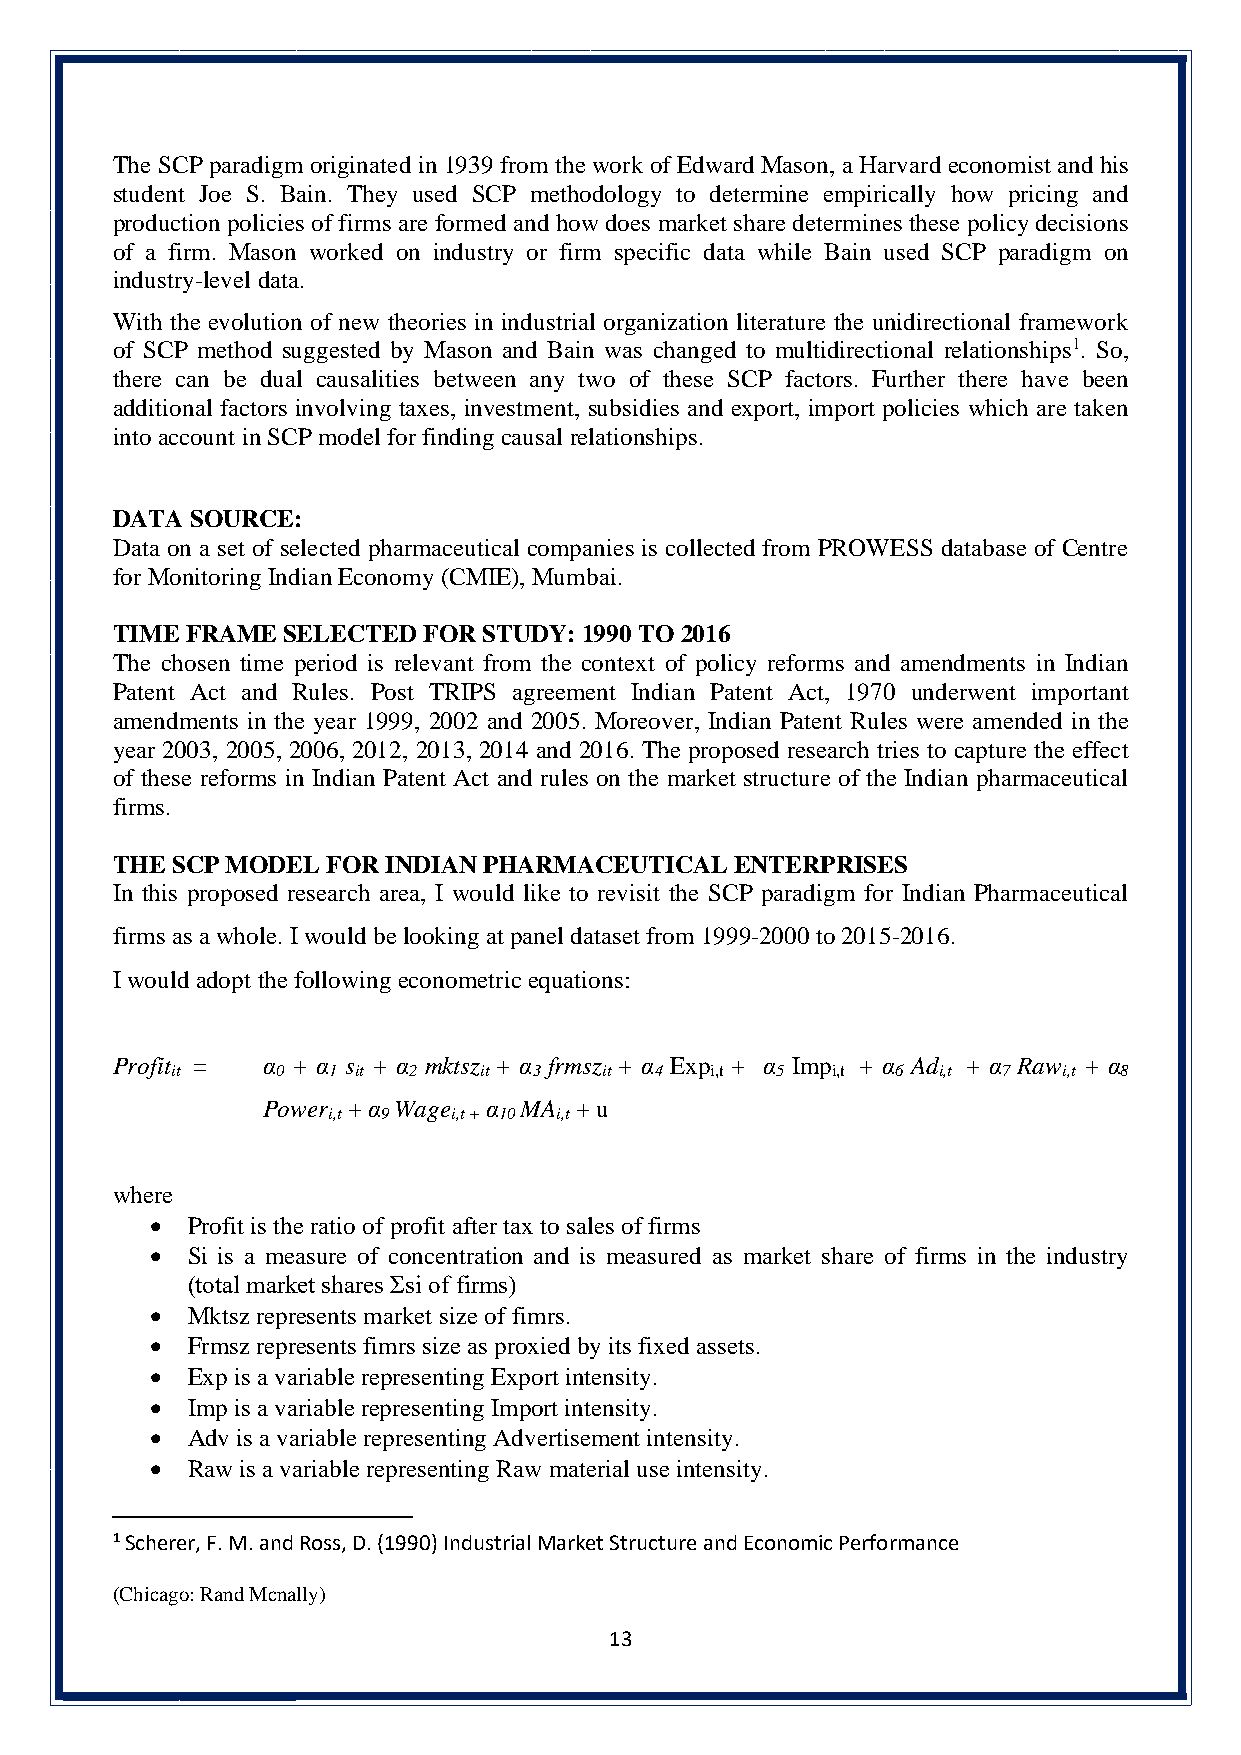
The SCP paradigm originated in 1939 from the work of Edward Mason, a Harvard economist and his
 student Joe S. Bain. They used SCP methodology to determine empirically how pricing and
 production policies of firms are formed and how does market share determines these policy decisions
 of a firm. Mason worked on industry or firm specific data while Bain used SCP paradigm on
 industry-level data.
 With the evolution of new theories in industrial organization literature the unidirectional framework
 of SCP method suggested by Mason and Bain was changed to multidirectional relationships1. So,
 there can be dual causalities between any two of these SCP factors. Further there have been
 additional factors involving taxes, investment, subsidies and export, import policies which are taken
 into account in SCP model for finding causal relationships.
 DATA  SOURCE:
 Data on a set of selected pharmaceutical companies is collected from PROWESS database of Centre
 for Monitoring Indian Economy (CMIE), Mumbai.
 TIME FRAME  SELECTED FOR STUDY: 1990 TO 2016
 The chosen time period is relevant from the context of policy reforms and amendments in Indian
 Patent Act and Rules. Post TRIPS agreement Indian Patent Act, 1970 underwent important
 amendments in the year 1999, 2002 and 2005. Moreover, Indian Patent Rules were amended in the
 year 2003, 2005, 2006, 2012, 2013, 2014 and 2016. The proposed research tries to capture the effect
 of these reforms in Indian Patent Act and rules on the market structure of the Indian pharmaceutical
 firms.
 THE SCP MODEL  FOR INDIAN PHARMACEUTICAL  ENTERPRISES
 In this proposed research area, I would like to revisit the SCP paradigm for Indian Pharmaceutical
 firms as a whole. I would be looking at panel dataset from 1999-2000 to 2015-2016.
 I would adopt the following econometric equations:
 Profit =  α + α s + α mktsz + α frmsz + α Exp + α Imp + α Ad + α Raw + α
 it     0   1 it 2    it 3    it 4   i,t 5   i,t 6  i,t 7   i,t 8
 Power + α Wage α MA  + u
 i,t 9   i,t + 10 i,t
 where
 • Profit is the ratio of profit after tax to sales of firms
 • Si is a measure of concentration and is measured as market share of firms in the industry
 (total market shares Σsi of firms)
 • Mktsz represents market size of fimrs.
 • Frmsz represents fimrs size as proxied by its fixed assets.
 • Exp is a variable representing Export intensity.
 • Imp is a variable representing Import intensity.
 • Adv is a variable representing Advertisement intensity.
 • Raw is a variable representing Raw material use intensity.
 1 Scherer, F. M. and Ross, D. (1990) Industrial Market Structure and Economic Performance
 (Chicago: Rand Mcnally)
 13